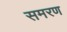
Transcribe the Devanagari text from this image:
समरण